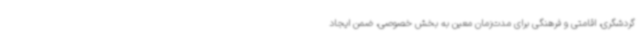
گردشگری، اقامتی و فرهنگی برای مدت‌زمان معین به بخش خصوصی، ضمن ایجاد